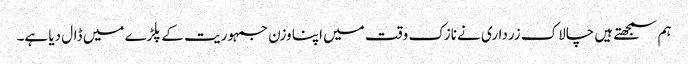
ہم سمجھتے ہیں چالاک زرداری نے نازک وقت میں اپنا وزن جمہوریت کے پلڑے میں ڈال دیا ہے۔